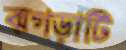
ঝগড়াটি